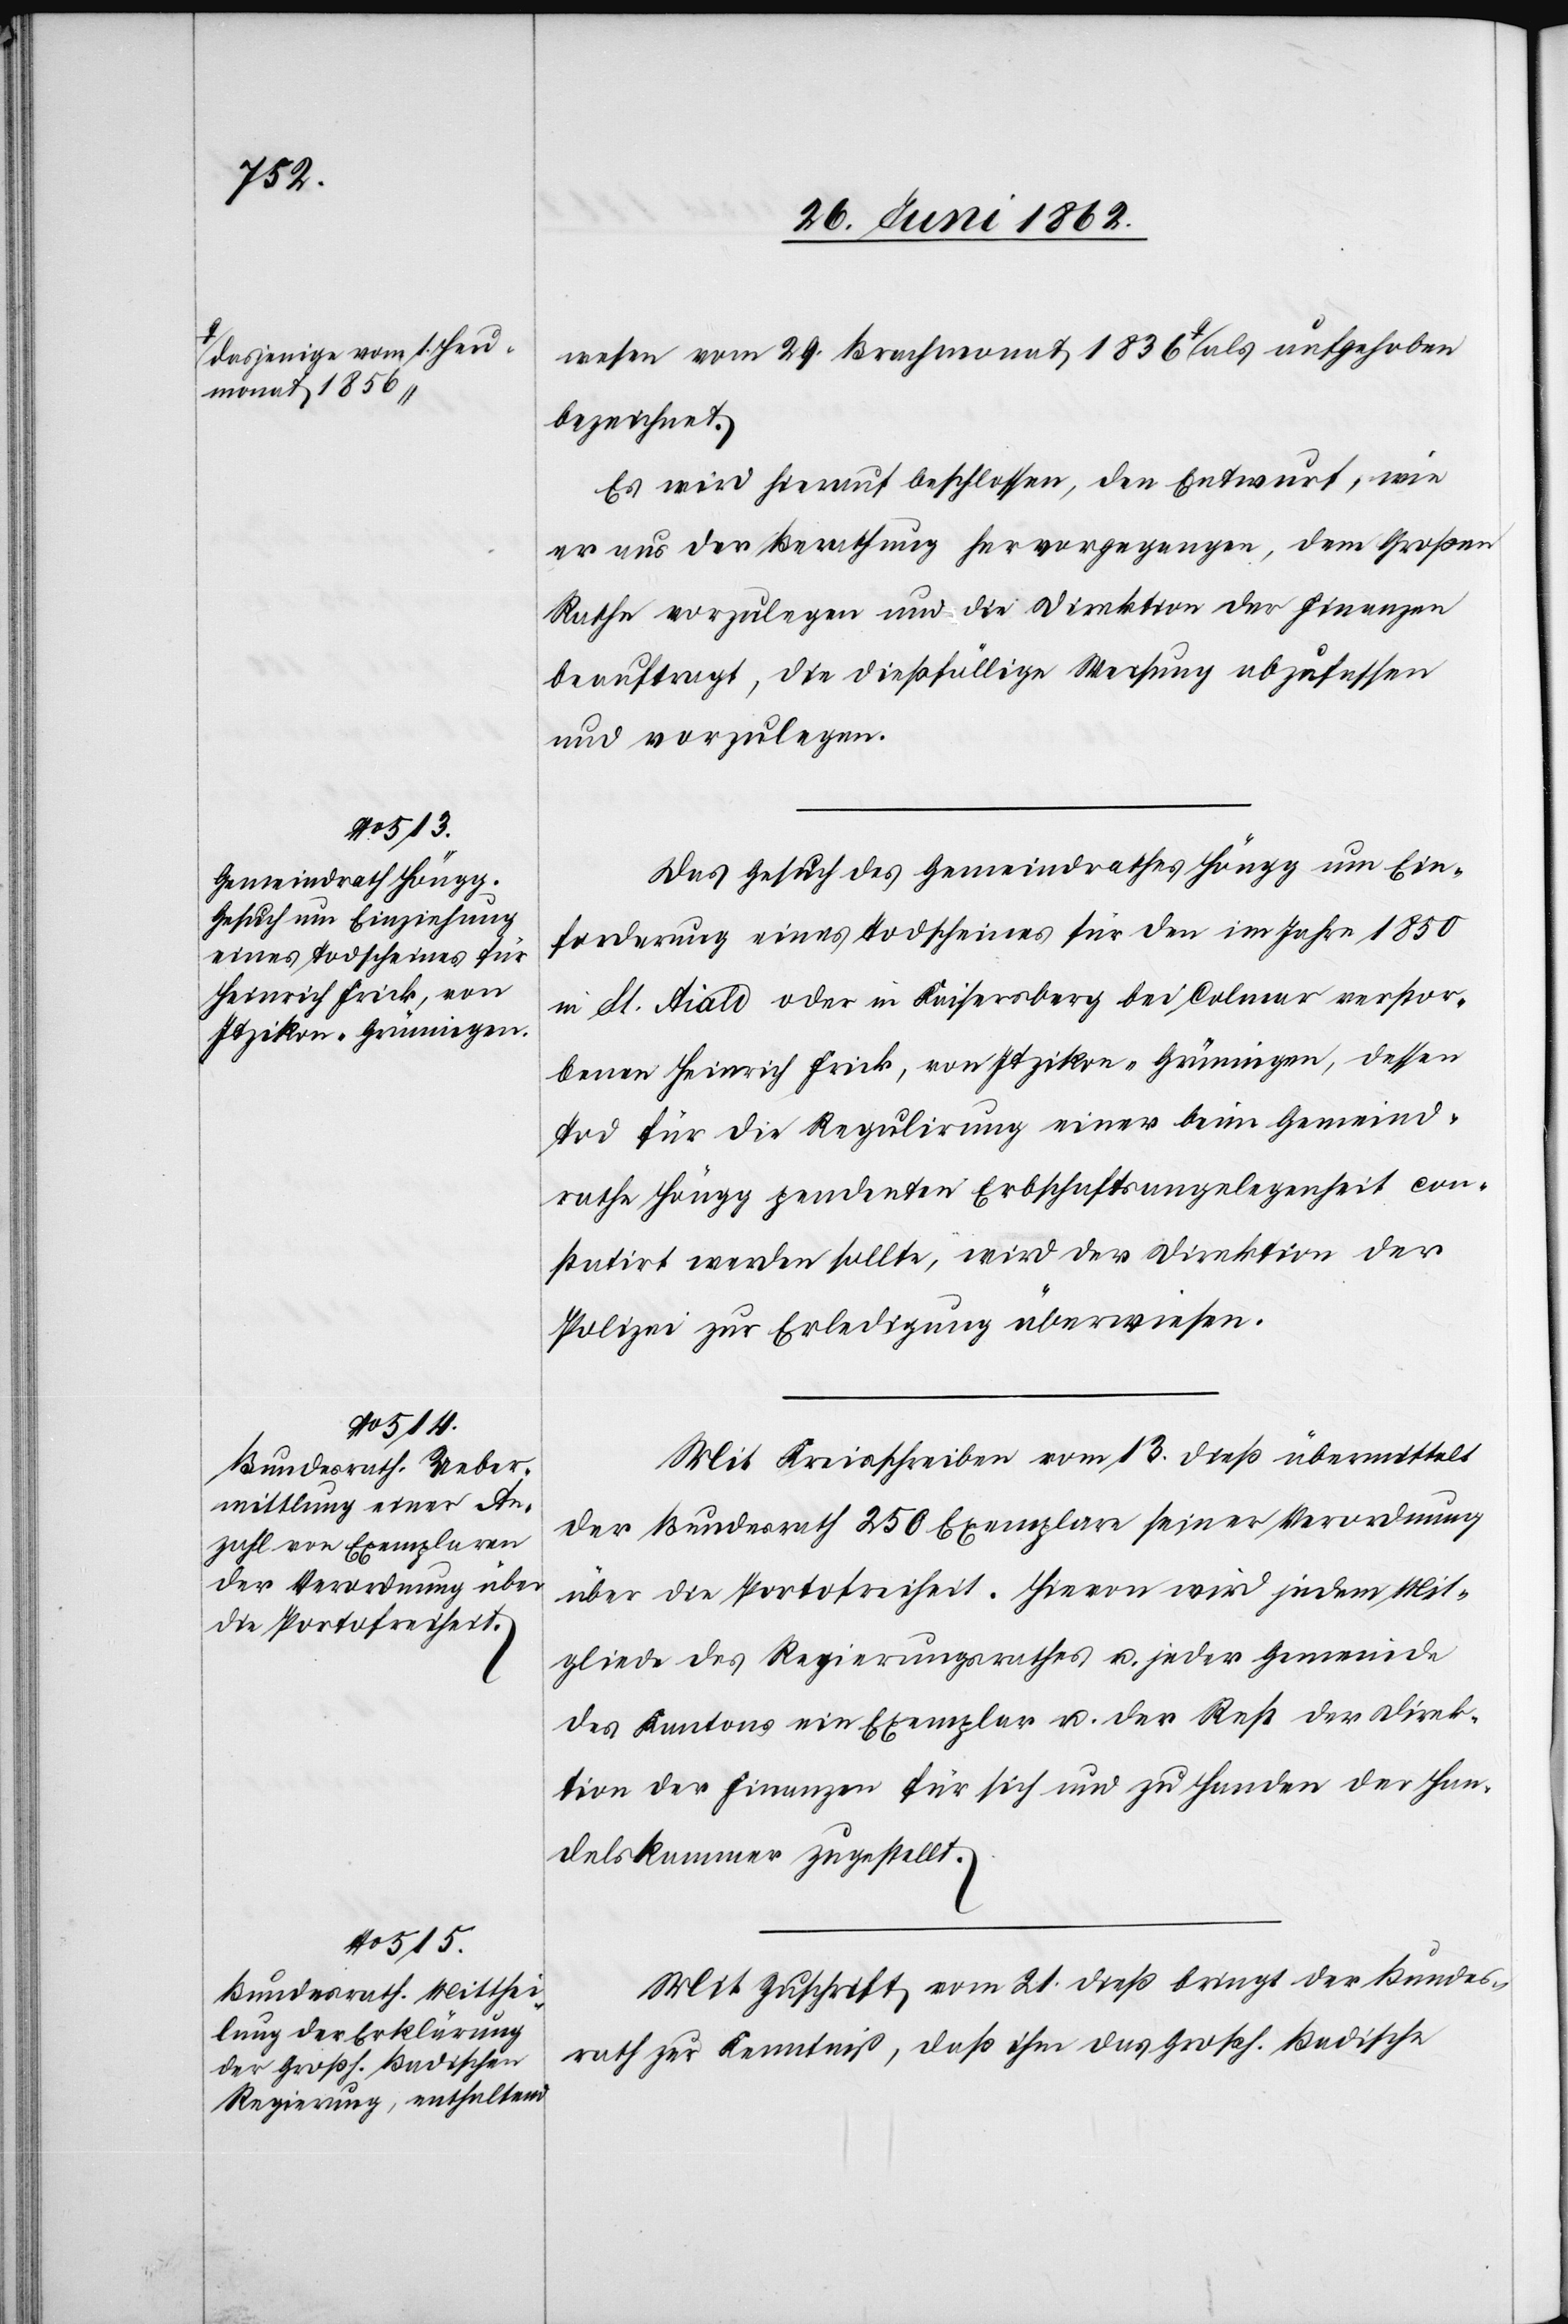
wesen vom 29. Brachmonat 1836 a-dasjenige
bezeichnet.
Es wird hierauf beschlossen, den Entwurf, wie
er aus der Berathung hervorgegangen, dem Großen
Rathe vorzulegen und die Direktion der Finanzen
beauftragt, die dießfällige Weisung abzufassen
und vorzulegen.
Das Gesuch des Gemeindrathes Höngg um Ein¬
forderung eines Todscheines für den im Jahr 1850
in St. Aialo oder Kaisersberg bei Colmar verstor¬
benen Heinrich Frick, von Itzikon-Grüningen, dessen
Tod für die Regulirung einer beim Gemeind¬
rathe Höngg pendenten Erbschaftsangelegenheit con¬
statirt werden sollte, wird der Direktion der
Polizei zur Erledigung überwiesen.
Mit Kreisschreiben vom 13. dieß übermittelt
der Bundesrath 250 Exemplare seiner Verordnung
über die Protofreiheit. Hievon wird jedem Mit¬
gliede des Regierungsrathes u. jeder Gemeinde
des Kantons ein Exemplar u. der Rest der Direk¬
tion der Finanzen für sich und zu Handen der Han¬
delskammer zugestellt.
Mit Zuschrift vom 21. dieß bringt der Bundes¬
rath zur Kenntniß, daß ihm das Großh. Badische